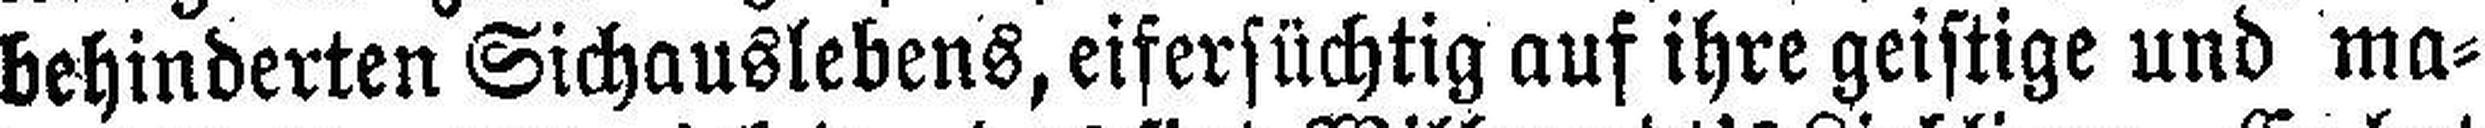
behinderten Sichauslebens, eifersüchtig auf ihre geistige und ma¬